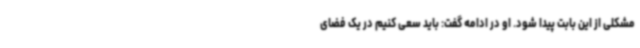
مشکلی از این بابت پیدا شود. او در ادامه گفت: باید سعی کنیم در یک فضای